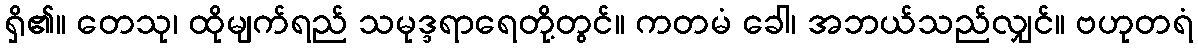
ရှိ၏။ တေသု၊ ထိုမျက်ရည် သမုဒ္ဒရာရေတို့တွင်။ ကတမံ ခေါ၊ အဘယ်သည်လျှင်။ ဗဟုတရံ